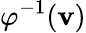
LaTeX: \varphi^{-1}(\mathbf{v})